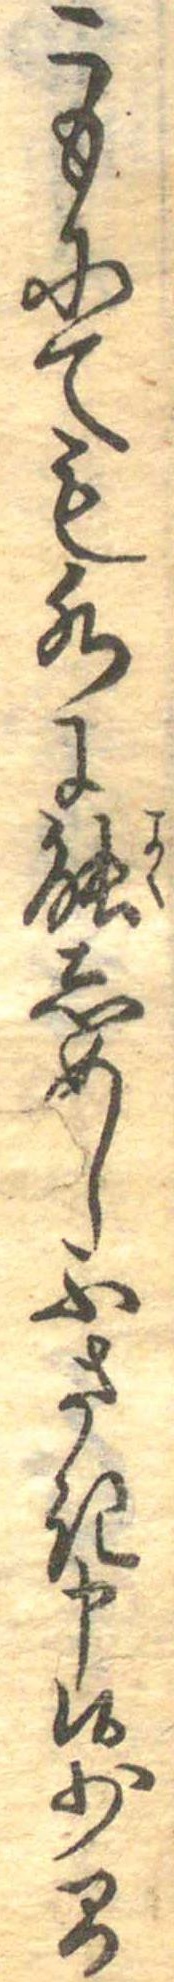
こもにても水に能しめしふさき申候少間